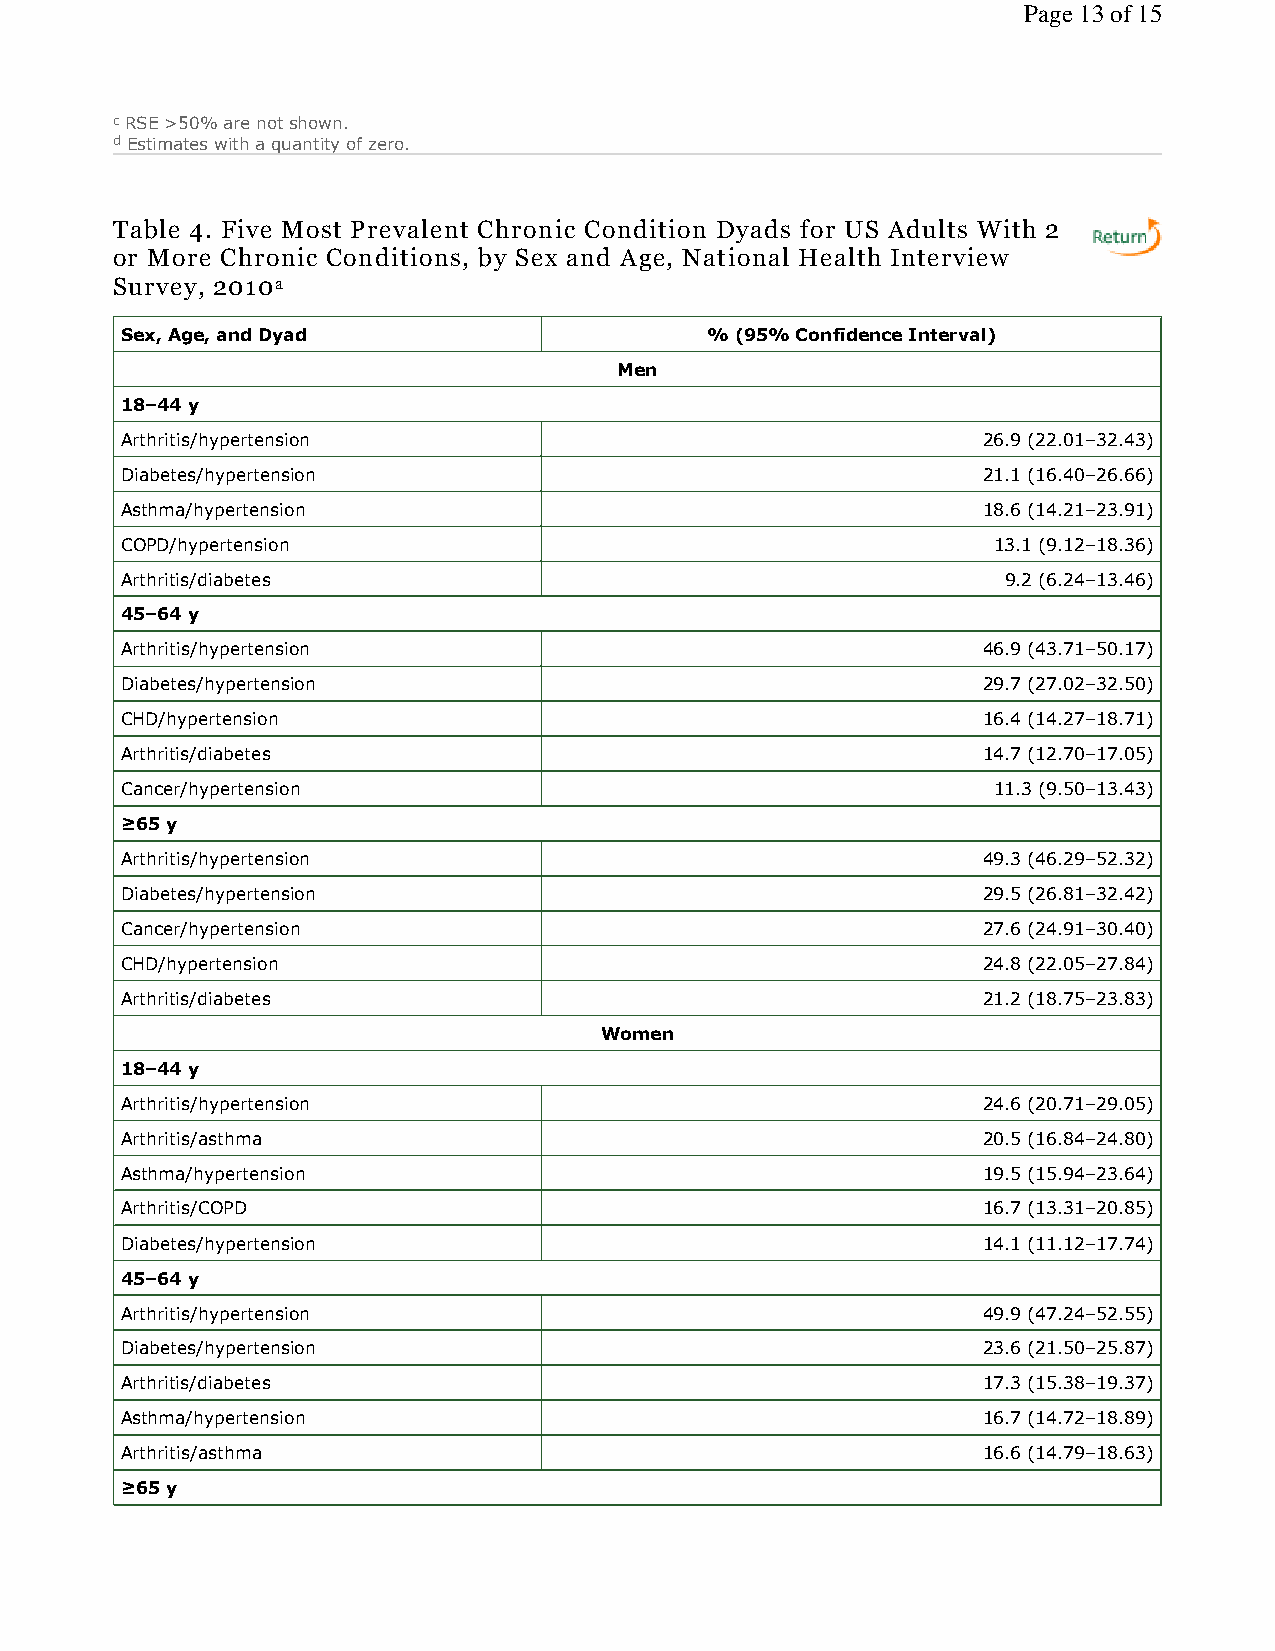
Page 13 of 15
 c RSE >50% are not shown.
 d Estimates with a quantity of zero.
 Table 4. Five Most Prevalent Chronic Condition Dyads for US Adults With 2
 or More Chronic Conditions, by Sex and Age, National Health Interview
 Survey, 2010a
 Sex, Age, and Dyad                     % (95% Confidence Interval)
 Men
 18–44 y
 Arthritis/hypertension                                   26.9 (22.01–32.43)
 Diabetes/hypertension                                    21.1 (16.40–26.66)
 Asthma/hypertension                                      18.6 (14.21–23.91)
 COPD/hypertension                                         13.1 (9.12–18.36)
 Arthritis/diabetes                                         9.2 (6.24–13.46)
 45–64 y
 Arthritis/hypertension                                   46.9 (43.71–50.17)
 Diabetes/hypertension                                    29.7 (27.02–32.50)
 CHD/hypertension                                         16.4 (14.27–18.71)
 Arthritis/diabetes                                       14.7 (12.70–17.05)
 Cancer/hypertension                                       11.3 (9.50–13.43)
 ≥65 y
 Arthritis/hypertension                                   49.3 (46.29–52.32)
 Diabetes/hypertension                                    29.5 (26.81–32.42)
 Cancer/hypertension                                      27.6 (24.91–30.40)
 CHD/hypertension                                         24.8 (22.05–27.84)
 Arthritis/diabetes                                       21.2 (18.75–23.83)
 Women
 18–44 y
 Arthritis/hypertension                                   24.6 (20.71–29.05)
 Arthritis/asthma                                         20.5 (16.84–24.80)
 Asthma/hypertension                                      19.5 (15.94–23.64)
 Arthritis/COPD                                           16.7 (13.31–20.85)
 Diabetes/hypertension                                    14.1 (11.12–17.74)
 45–64 y
 Arthritis/hypertension                                   49.9 (47.24–52.55)
 Diabetes/hypertension                                    23.6 (21.50–25.87)
 Arthritis/diabetes                                       17.3 (15.38–19.37)
 Asthma/hypertension                                      16.7 (14.72–18.89)
 Arthritis/asthma                                         16.6 (14.79–18.63)
 ≥65 y